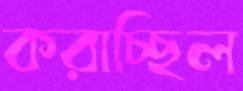
করাচ্ছিল